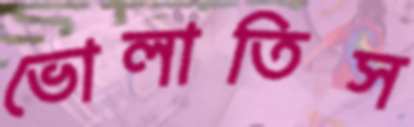
ভোলাতিস